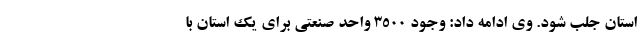
استان جلب شود. وی ادامه داد: وجود ۳۵۰۰ واحد صنعتی برای یک استان با